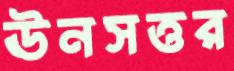
ঊনসত্তর